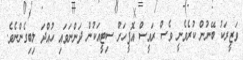
ވަޒީރަކު ބޭނުން ކުރެވެނީ ވެސް ރައީސް އޮފީހަށް ސިޓީއަކުން ދަންނަވައި ހުއްދަ ލިބިގެންނެވެ.